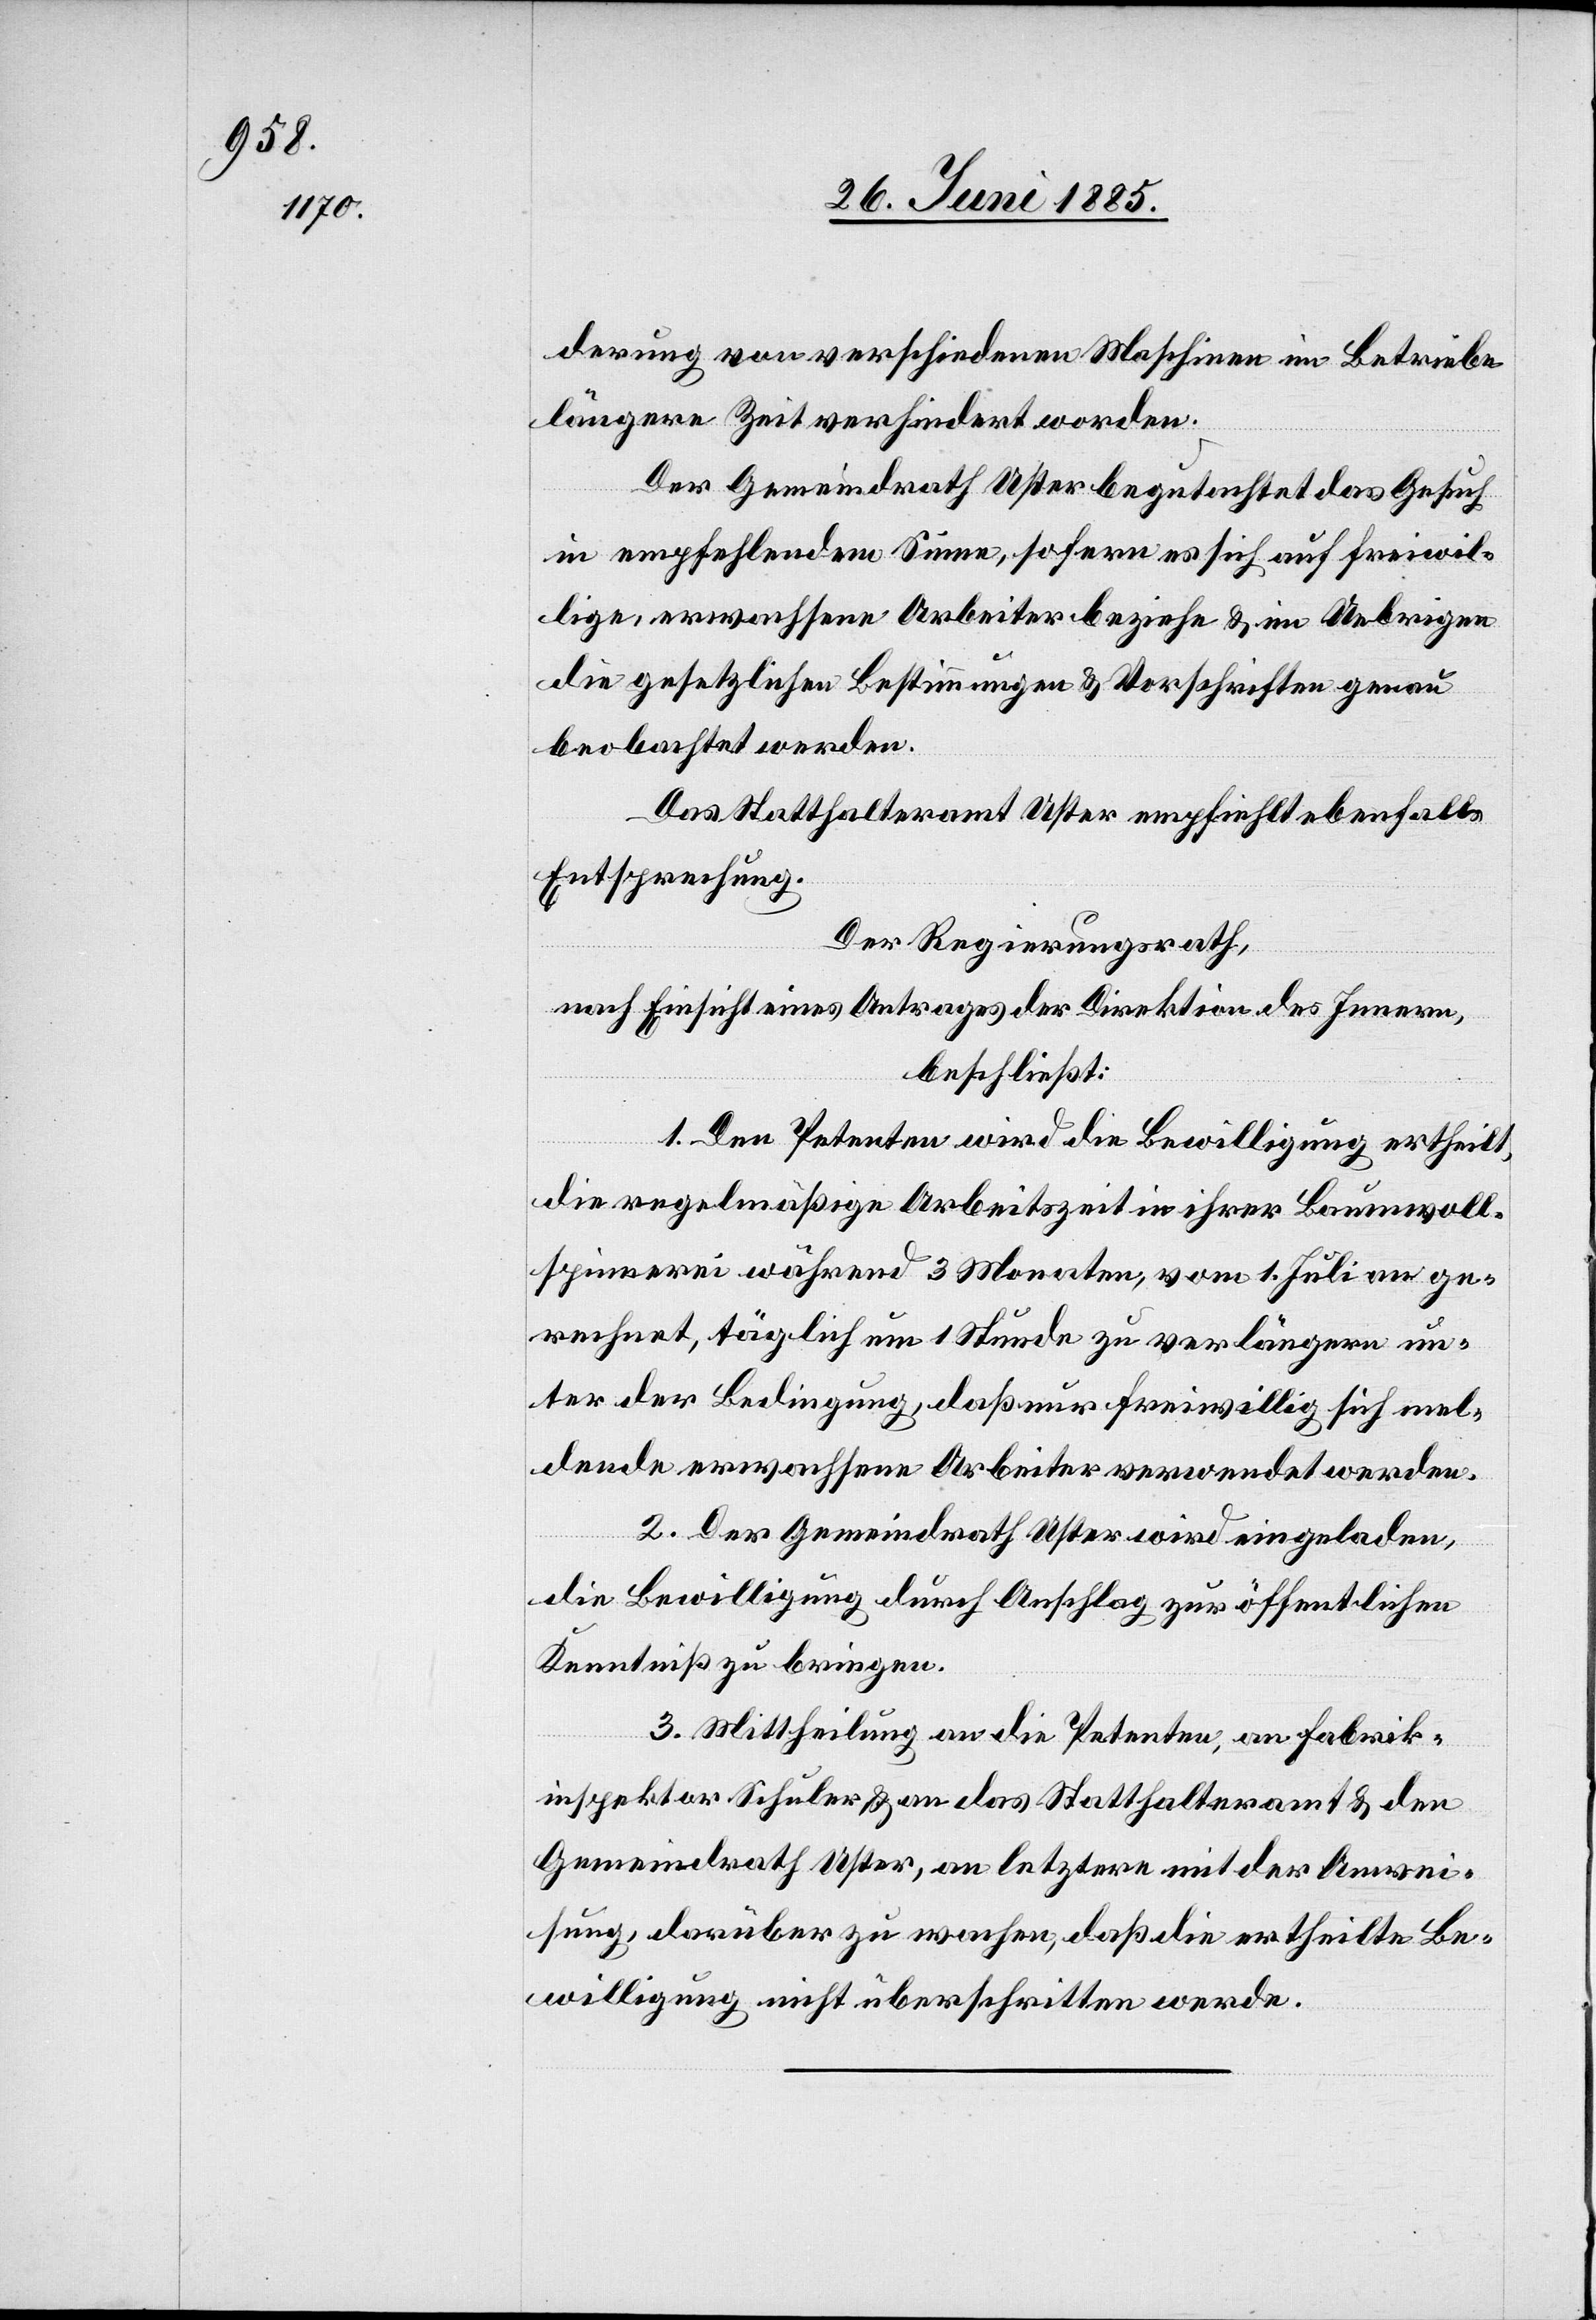
derung von verschiedenen Maschinen im Betriebe
längere Zeit verhindert worden.
Der Gemeindrath Uster begutachtet das Gesuch
in empfehlendem Sinne, sofern es sich auf freiwil¬
lige, erwachsene Arbeiter beziehe & im Uebrigen
die gesetzlichen Bestimmungen & Vorschriften genau
beobachtet werden.
Das Statthalteramt Uster empfiehlt ebenfalls
Entsprechung.
Der Regierungsrath,
nach Einsicht eines Antrages der Direktion des Innern,
beschließt:
1. Den Petenten wird die Bewilligung ertheilt,
die regelmäßige Arbeitszeit in ihrer Baumwoll¬
spinnerei während 3 Monaten, vom 1. Juli an ge¬
rechnet, täglich um 1 Stunde zu verlängern un¬
ter der Bedingung, daß nur freiwillig sich mel¬
dende erwachsene Arbeiter verwendet werden.
2. Der Gemeindrath Uster wird eingeladen,
die Bewilligung durch Anschlag zur öffentlichen
Kenntniß zu bringen.
3. Mittheilung an die Petenten, an Fabrik¬
inspektor Schuler & an das Statthalteramt & den
Gemeindrath Uster, an letztere mit der Anwei¬
sung, darüber zu wachen, daß die ertheilte Be¬
willigung nicht überschritten werde.